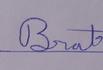
Signature authenticity: genuine